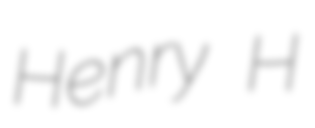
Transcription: Henry H